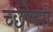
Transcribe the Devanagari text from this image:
च्छोदरी